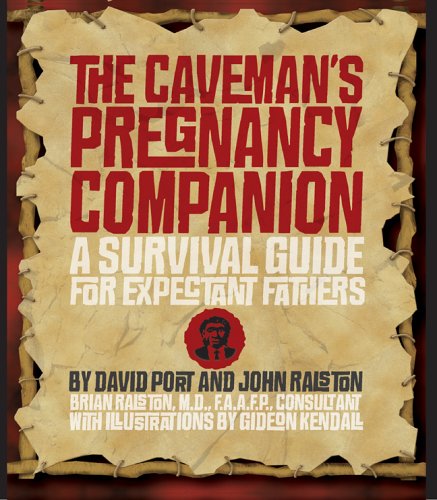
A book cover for The Caveman's Pregnancy Companion: A Survival Guide for Expectant Fathers; David Port; Humor & Entertainment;